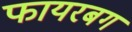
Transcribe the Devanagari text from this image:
फायरबग